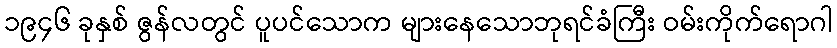
၁၉၄၆ ခုနှစ် ဇွန်လတွင် ပူပင်သောက များနေသောဘုရင်ခံကြီး ဝမ်းကိုက်ရောဂါ